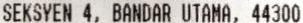
SEKSYEN 4, BANDAR UTAMA, 44300